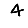
Digit: 4